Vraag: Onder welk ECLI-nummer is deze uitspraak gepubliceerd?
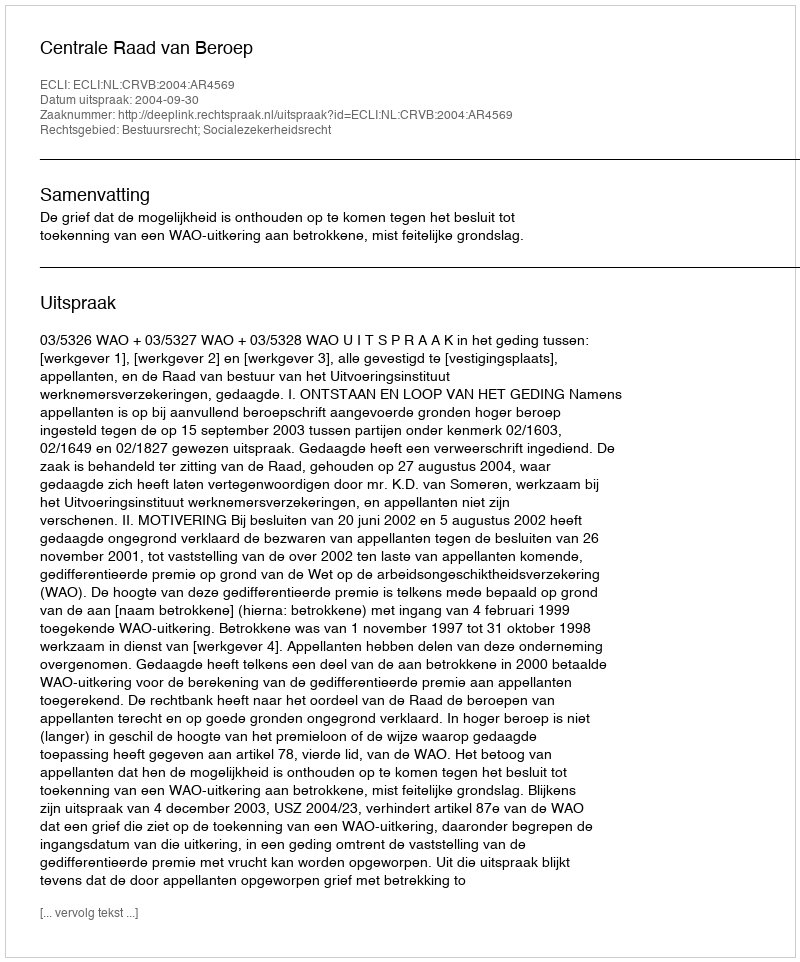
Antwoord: ECLI:NL:CRVB:2004:AR4569